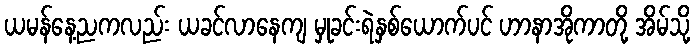
ယမန်နေ့ညကလည်း ယခင်လာနေကျ မှုခင်းရဲနှစ်ယောက်ပင် ဟာနာအိုကာတို့ အိမ်သို့